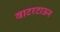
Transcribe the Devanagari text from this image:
वाटरटाऊन